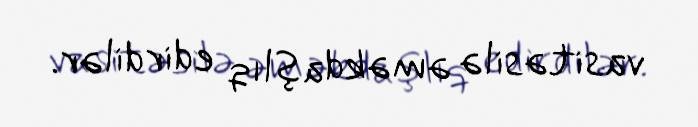
vasitəsilə əməkdaşlıq edirdilər.